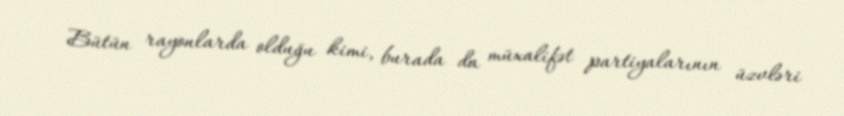
Bütün rayonlarda olduğu kimi, burada da müxalifət partiyalarının üzvləri